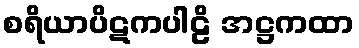
စရိယာပိဋကပါဠိ အဋ္ဌကထာ